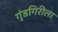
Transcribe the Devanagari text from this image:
गुंडगिरीला